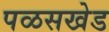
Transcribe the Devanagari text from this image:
पळसखेड